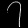
Digit: ၇